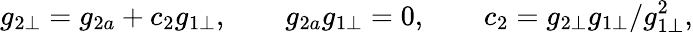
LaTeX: g_{2\bot}=g_{2a}+c_{2}g_{1\bot},\qquad g_{2a}g_{1\bot}=0,\qquad c_{2}=g_{2\bot}g_{1\bot}/g_{1\bot}^{2},